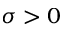
\sigma > 0